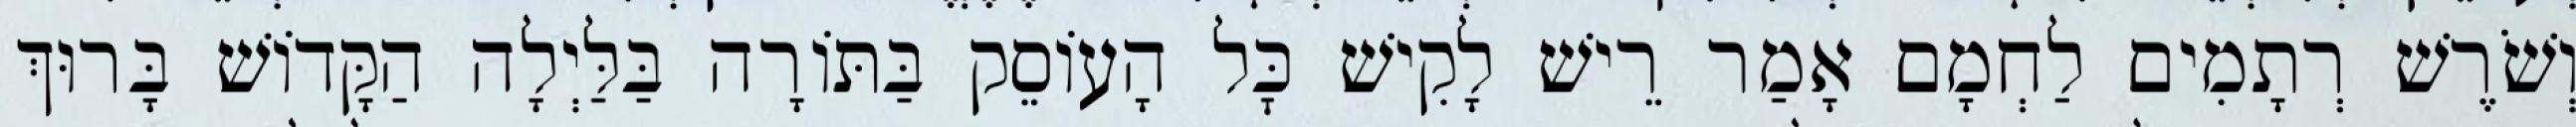
וְשֹׁרֶשׁ רְתָמִים לַחְמָם אָמַר רֵישׁ לָקִישׁ כׇּל הָעוֹסֵק בַּתּוֹרָה בַּלַּיְלָה הַקָּדוֹשׁ בָּרוּךְ